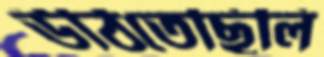
উঠিতেছিলি